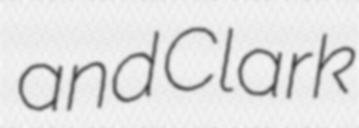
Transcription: and Clark